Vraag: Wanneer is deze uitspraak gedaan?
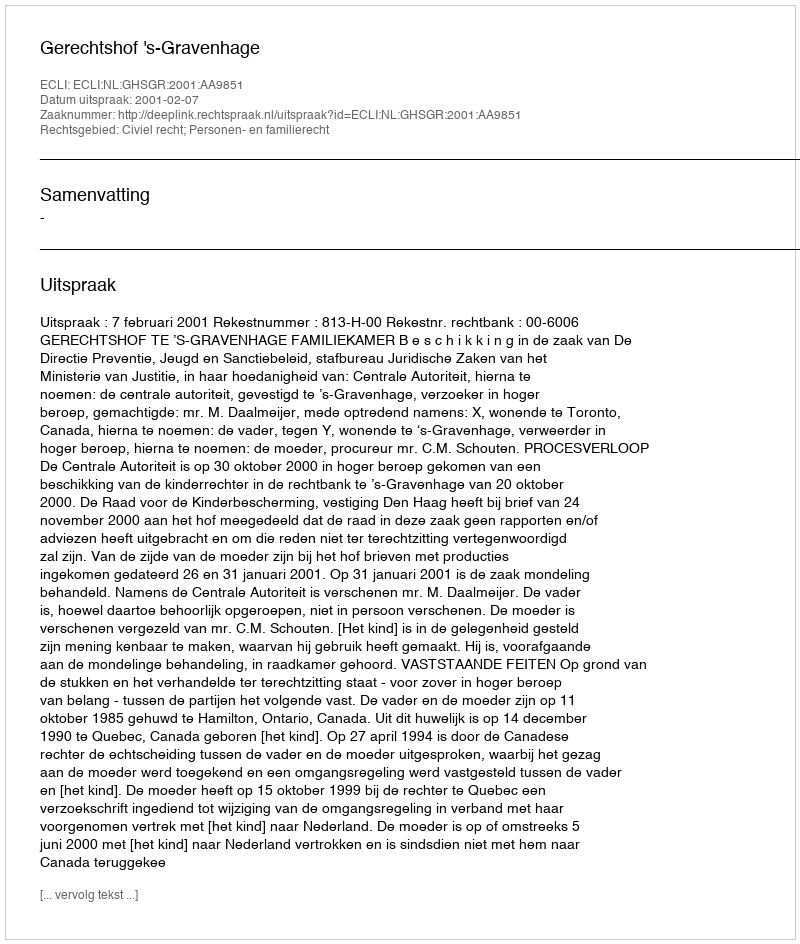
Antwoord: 2001-02-07